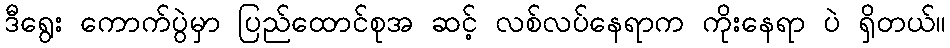
ဒီရွေး ကောက်ပွဲမှာ ပြည်ထောင်စုအ ဆင့် လစ်လပ်နေရာက ကိုးနေရာ ပဲ ရှိတယ်။